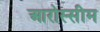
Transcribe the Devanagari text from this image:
आरोस्सीम